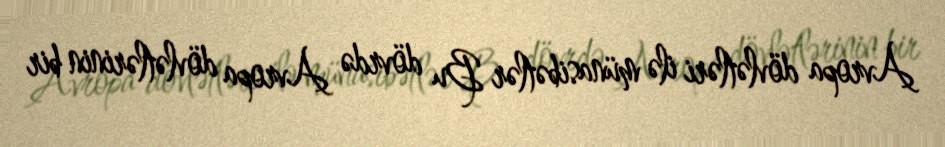
Avropa dövlətləri ilə münasibətlər Bu dövrdə Avropa dövlətlərinin bir